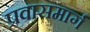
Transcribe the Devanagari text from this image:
प्रवासमार्ग